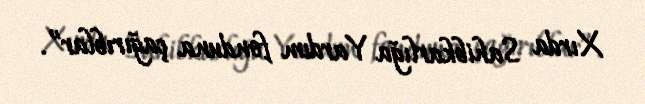
Xırda Sahibkarlığa Yardım fonduna çağırıblar”.